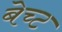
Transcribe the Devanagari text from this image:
बेच्ट